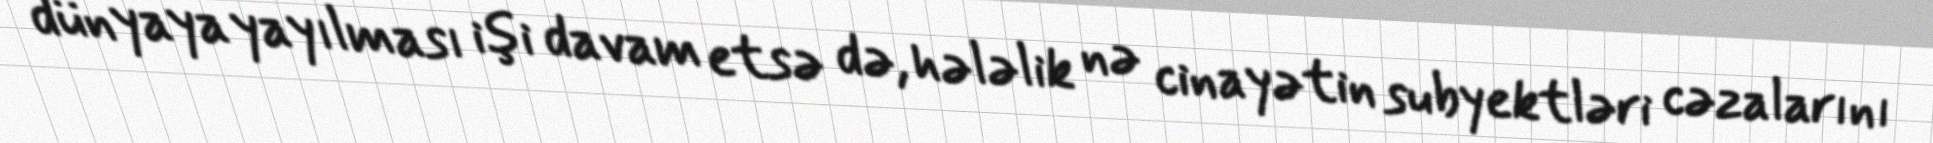
dünyaya yayılması işi davam etsə də, hələlik nə cinayətin subyektləri cəzalarını